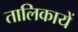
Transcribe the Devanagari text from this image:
तालिकायें